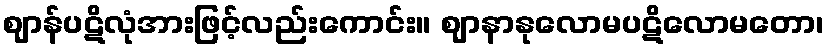
ဈာန်ပဋိလုံအားဖြင့်လည်းကောင်း။ ဈာနာနုလောမပဋိလောမတော၊